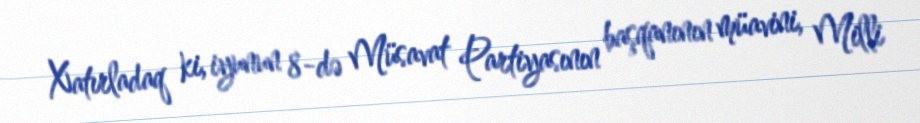
Xatırladaq ki, iyunun 8-də Müsavat Partiyasının başqanının müavini, Milli